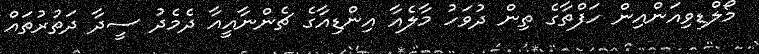
މޯލްޑިވިއަންއިން ހަފްތާގެ ތިން ދުވަހު މާލެއާ އިންޑިއާގެ ޗެންނާއީއާ ދެމެދު ސީދާ ދަތުރުތައް